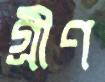
গ্রীণ